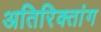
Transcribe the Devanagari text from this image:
अतिरिक्तांग